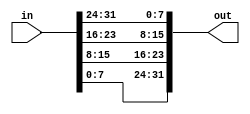
module top_module( 
    input [31:0] in,
    output reg [31:0] out );//
    assign out[31:24]=in[7:0];
    assign out[23:16]=in[15:8];
    assign out[15:8]=in[23:16];
    assign out[7:0]=in[31:24];


endmodule